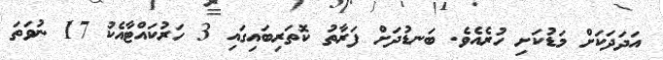
އަދަދަކަށް މަޑުކަށި ހުރެއެވެ. ބަނޑުދަށް ފަރާތު ކޮތަރިބައިގައި 3 ހަރުކައްޓާއެކު 17 ނުވަތަ